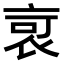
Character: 𧙃